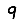
Digit: 9